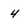
Character: 4